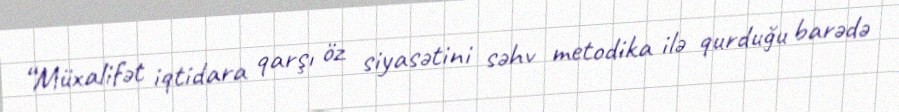
“Müxalifət iqtidara qarşı öz siyasətini səhv metodika ilə qurduğu barədə